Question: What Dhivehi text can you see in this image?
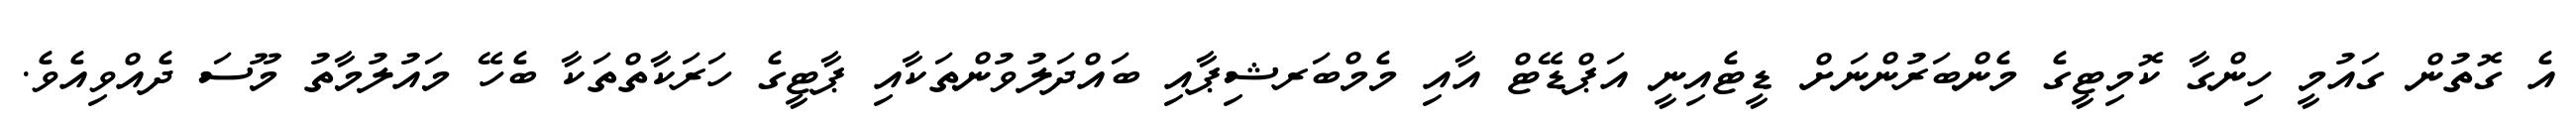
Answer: އެ ގޮތުން ގައުމީ ހިންގާ ކޮމިޓީގެ މެންބަރުންނަށް ޑީޓެއިނީ އަޕްޑޭޓް އާއި މެމްބަރޝިޕާއި ބައްދަލުވުންތަކާއި ޕާޓީގެ ހަރަކާތްތަކާ ބެހޭ މައުލުމާތު މޫސަ ދެއްވިއެވެ.